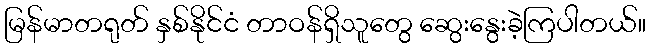
မြန်မာတရုတ် နှစ်နိုင်ငံ တာဝန်ရှိသူတွေ ဆွေးနွေးခဲ့ကြပါတယ်။